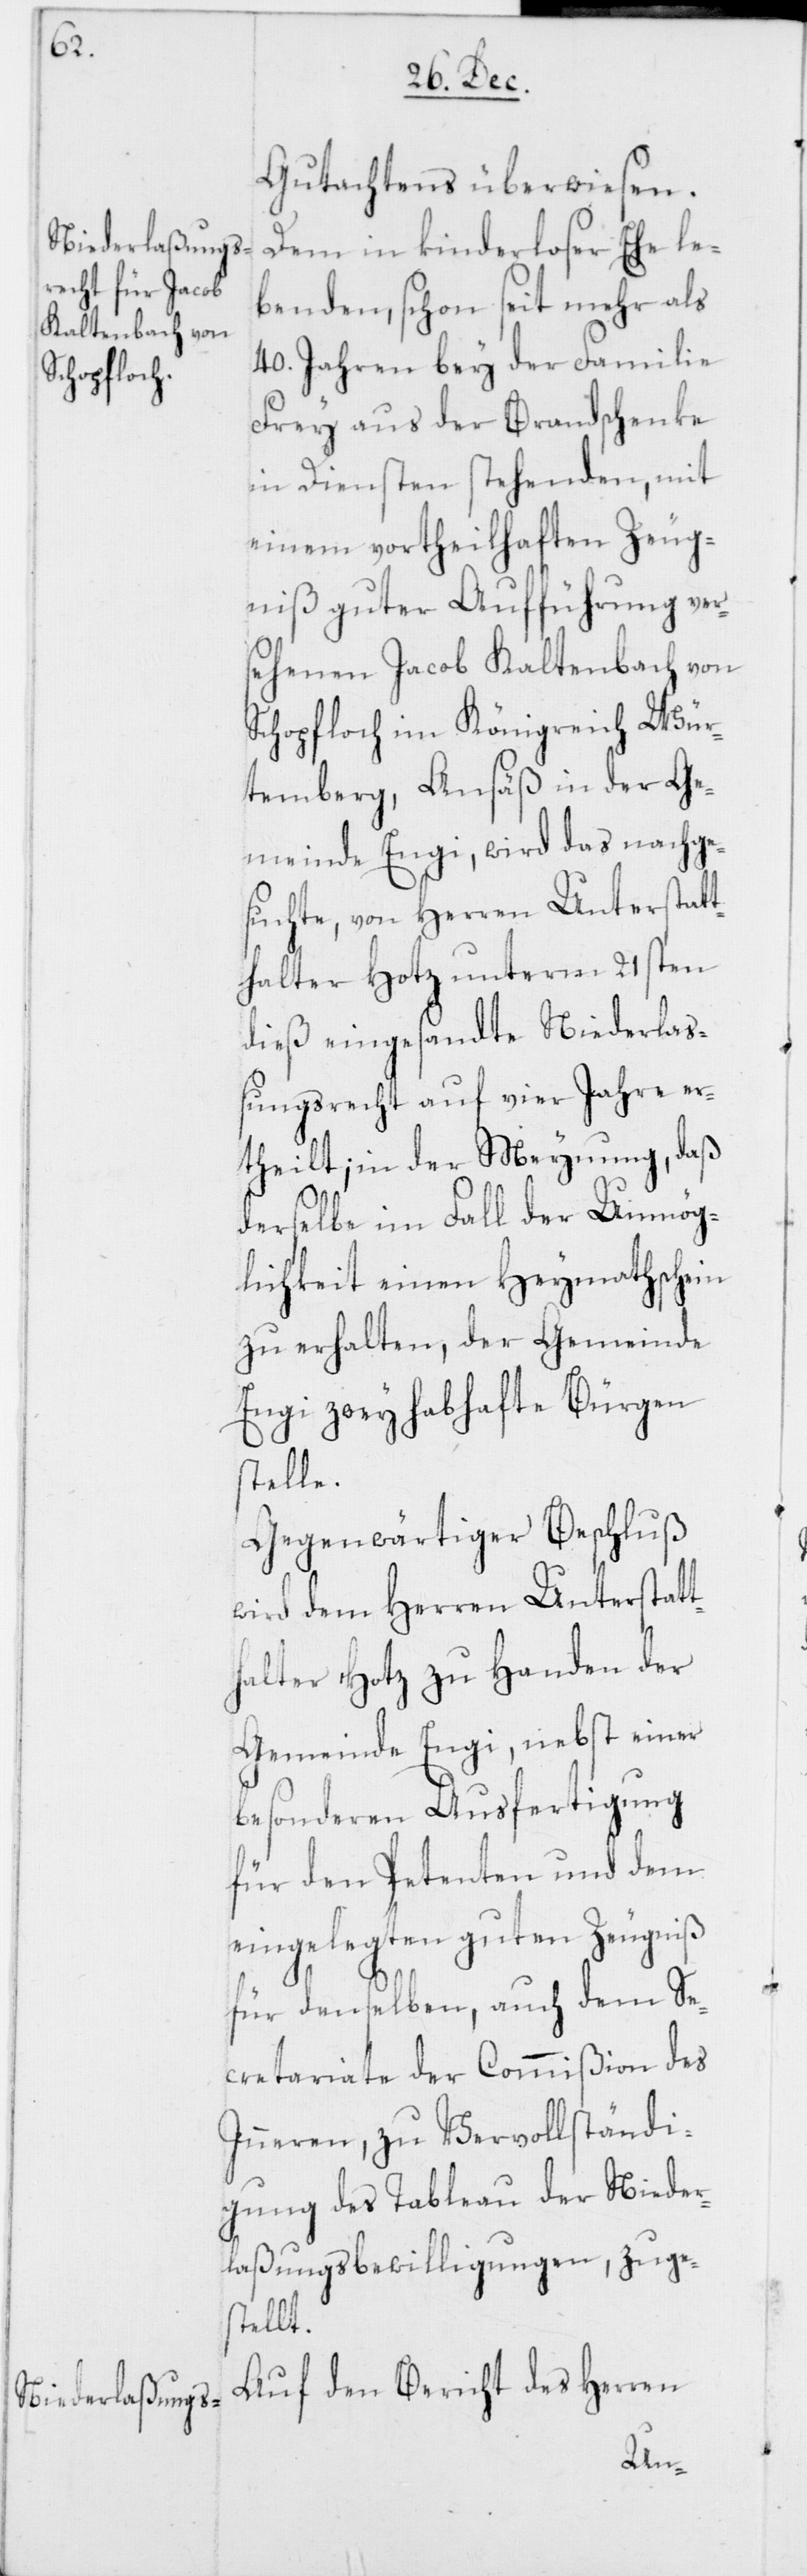
Gutachtens überwiesen.
Dem in kinderloser Ehe le¬
benden, schon seit mehr als
40. Jahren bey der Familie
Frey aus der Brandschenke
in Diensten stehenden, mit
einem vortheilhaften Zeug¬
niß guter Aufführung ver¬
sehenen Jacob Kaltenbach von
Schopfloch im Königreich Wür¬
temberg, Ansäß in der Ge¬
meinde Engi, wird das nachge¬
suchte, von Herren Unterstatt¬
halter Hotz unterm 21sten
dieß eingesandte Niederlaß¬
ungsrecht auf vier Jahre er¬
theilt; in der Meynung, daß
derselbe im Fall der Unmög¬
lichkeit einen Heymathschein
zu erhalten, der Gemeinde
Engi zwey habhafte Bürgen
stelle.
Gegenwärtiger Beschluß
wird dem Herren Unterstatt¬
halter Hotz zu Handen der
Gemeinde Engi, nebst einer
besonderen Ausfertigung
für den Petenten und dem
eingelegten guten Zeugniß
für denselben, auch dem Se¬
cretariate der Commißion des
Inneren, zu Vervollständi¬
gung des Tableau der Nieder¬
laßungsbewilligungen, zuges¬
tellt.
Auf den Bericht des Herren